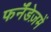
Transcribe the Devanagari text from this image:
फर्नॅंडेज़में